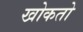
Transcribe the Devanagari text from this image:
खोकतो